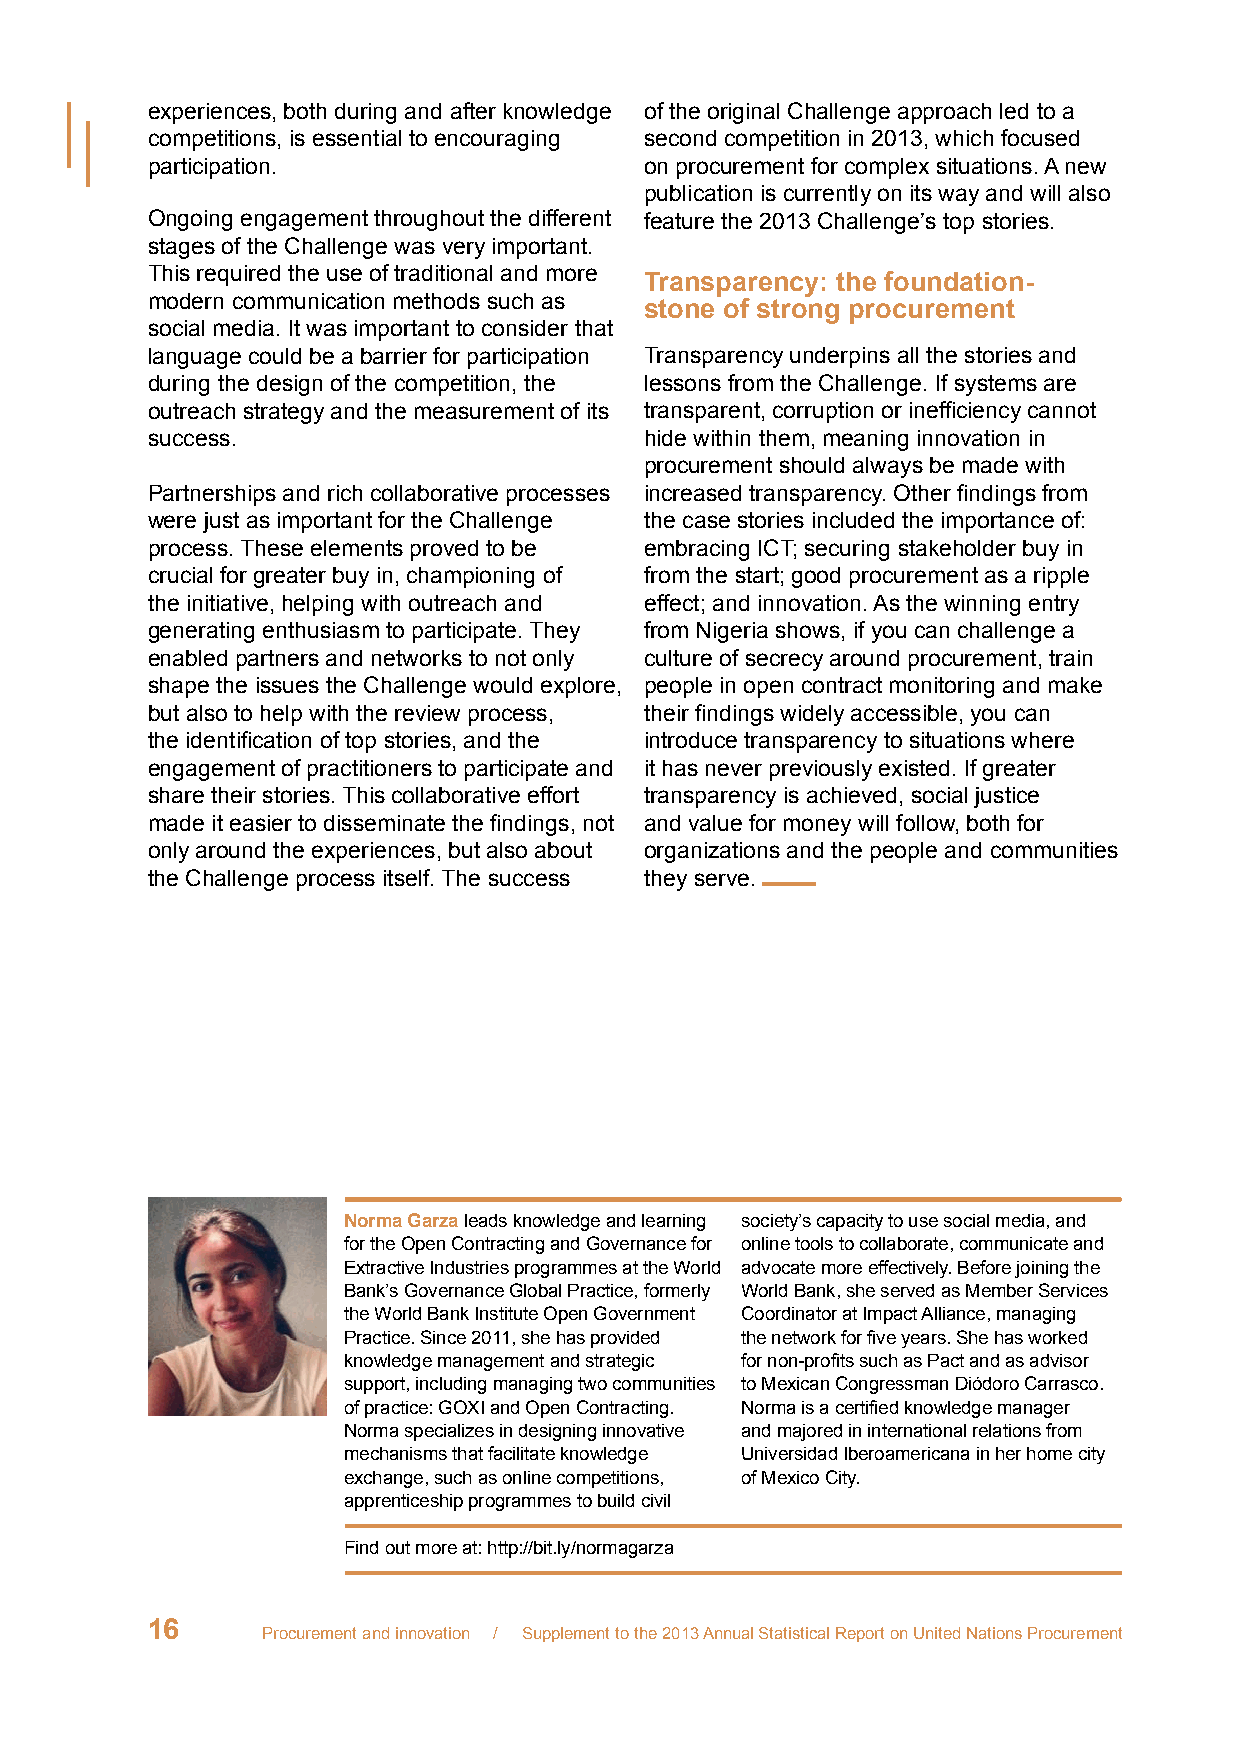
experiences, both during and after knowledge of the original Challenge approach led to a
 competitions, is essential to encouraging second competition in 2013, which focused
 participation.                   on procurement for complex situations. A new
 publication is currently on its way and will also
 Ongoing engagement throughout the different feature the 2013 Challenge’s top stories.
 stages of the Challenge was very important.
 This required the use of traditional and more
 Transparency: the foundation-
 modern communication methods such as
 stone of strong procurement
 social media. It was important to consider that
 language could be a barrier for participation Transparency underpins all the stories and
 during the design of the competition, the lessons from the Challenge. If systems are
 outreach strategy and the measurement of its transparent, corruption or inefficiency cannot
 success.                         hide within them, meaning innovation in
 procurement should always be made with
 Partnerships and rich collaborative processes increased transparency. Other findings from
 were just as important for the Challenge the case stories included the importance of:
 process. These elements proved to be embracing ICT; securing stakeholder buy in
 crucial for greater buy in, championing of from the start; good procurement as a ripple
 the initiative, helping with outreach and effect; and innovation. As the winning entry
 generating enthusiasm to participate. They from Nigeria shows, if you can challenge a
 enabled partners and networks to not only culture of secrecy around procurement, train
 shape the issues the Challenge would explore, people in open contract monitoring and make
 but also to help with the review process, their findings widely accessible, you can
 the identification of top stories, and the introduce transparency to situations where
 engagement of practitioners to participate and it has never previously existed. If greater
 share their stories. This collaborative effort transparency is achieved, social justice
 made it easier to disseminate the findings, not and value for money will follow, both for
 only around the experiences, but also about organizations and the people and communities
 the Challenge process itself. The success they serve.
 Norma Garza leads knowledge and learning society’s capacity to use social media, and
 for the Open Contracting and Governance for online tools to collaborate, communicate and
 Extractive Industries programmes at the World advocate more effectively. Before joining the
 Bank’s Governance Global Practice, formerly World Bank, she served as Member Services
 the World Bank Institute Open Government Coordinator at Impact Alliance, managing
 Practice. Since 2011, she has provided the network for five years. She has worked
 knowledge management and strategic for non-profits such as Pact and as advisor
 support, including managing two communities to Mexican Congressman Diódoro Carrasco.
 of practice: GOXI and Open Contracting. Norma is a certified knowledge manager
 Norma specializes in designing innovative and majored in international relations from
 mechanisms that facilitate knowledge Universidad Iberoamericana in her home city
 exchange, such as online competitions, of Mexico City.
 apprenticeship programmes to build civil
 Find out more at: http://bit.ly/normagarza
 16
 Procurement and innovation / Supplement to the 2013 Annual Statistical Report on United Nations Procurement